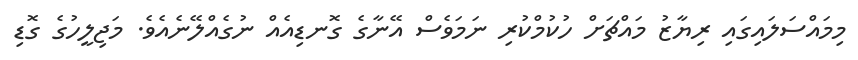
މިމައްސަލައިގައި ރިޔާޒު މައްޗަށް ހުކުމްކުރި ނަމަވެސް އޭނާގެ ގޮނޑިއެއް ނުގެއްލޭނެއެވެ. މަޖިލީހުގެ ގޮޑި